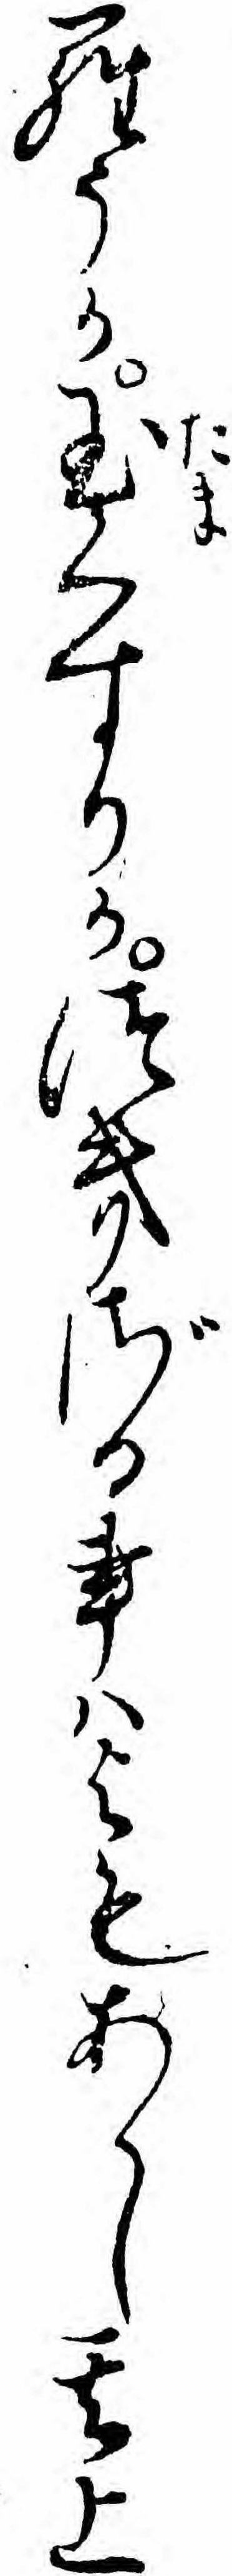
らうか玉くすりかつきざる事ハよもあらし其上